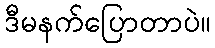
ဒီမနက်ပြောတာပဲ။